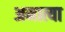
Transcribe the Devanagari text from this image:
अमात्या